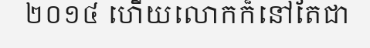
២០១៤ ហើយលោកក៏នៅតែជា